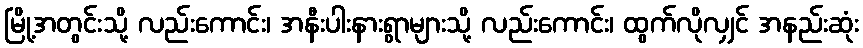
မြို့အတွင်းသို့ လည်းကောင်း၊ အနီးပါးနားရွာများသို့ လည်းကောင်း၊ ထွက်လိုလျှင် အနည်းဆုံး